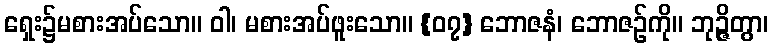
ရှေး၌မစားအပ်သော။ ဝါ၊ မစားအပ်ဖူးသော။ {၀၇} ဘောဇနံ၊ ဘောဇဉ်ကို။ ဘုဉ္ဇိတွာ၊